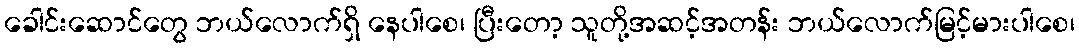
ခေါင်းဆောင်တွေ ဘယ်လောက်ရှိ နေပါစေ၊ ပြီးတော့ သူတို့အဆင့်အတန်း ဘယ်လောက်မြင့်မားပါစေ၊